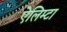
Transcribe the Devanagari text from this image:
ऐलिम्टा